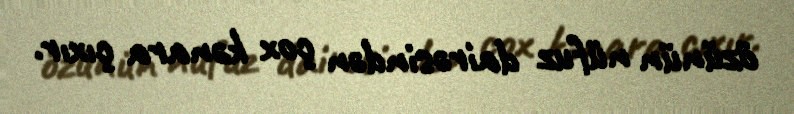
özünün nüfuz dairəsindən çox kənara çıxır.